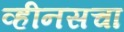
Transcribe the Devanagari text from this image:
व्हीनसचा